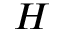
H